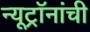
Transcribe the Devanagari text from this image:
न्यूट्रॉनांची